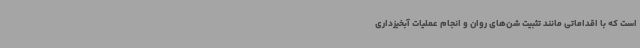
است که با اقداماتی مانند تثبیت شن‌های روان و انجام عملیات آبخیزداری